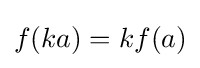
f(ka)=kf(a)